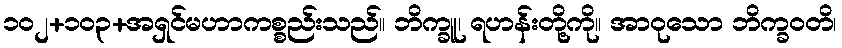
၁၀၂+၁၀၃+အရှင်မဟာကစ္စည်းသည်။ ဘိက္ခူ၊ ရဟန်းတို့ကို။ အာဝုသော ဘိက္ခဝတိ၊